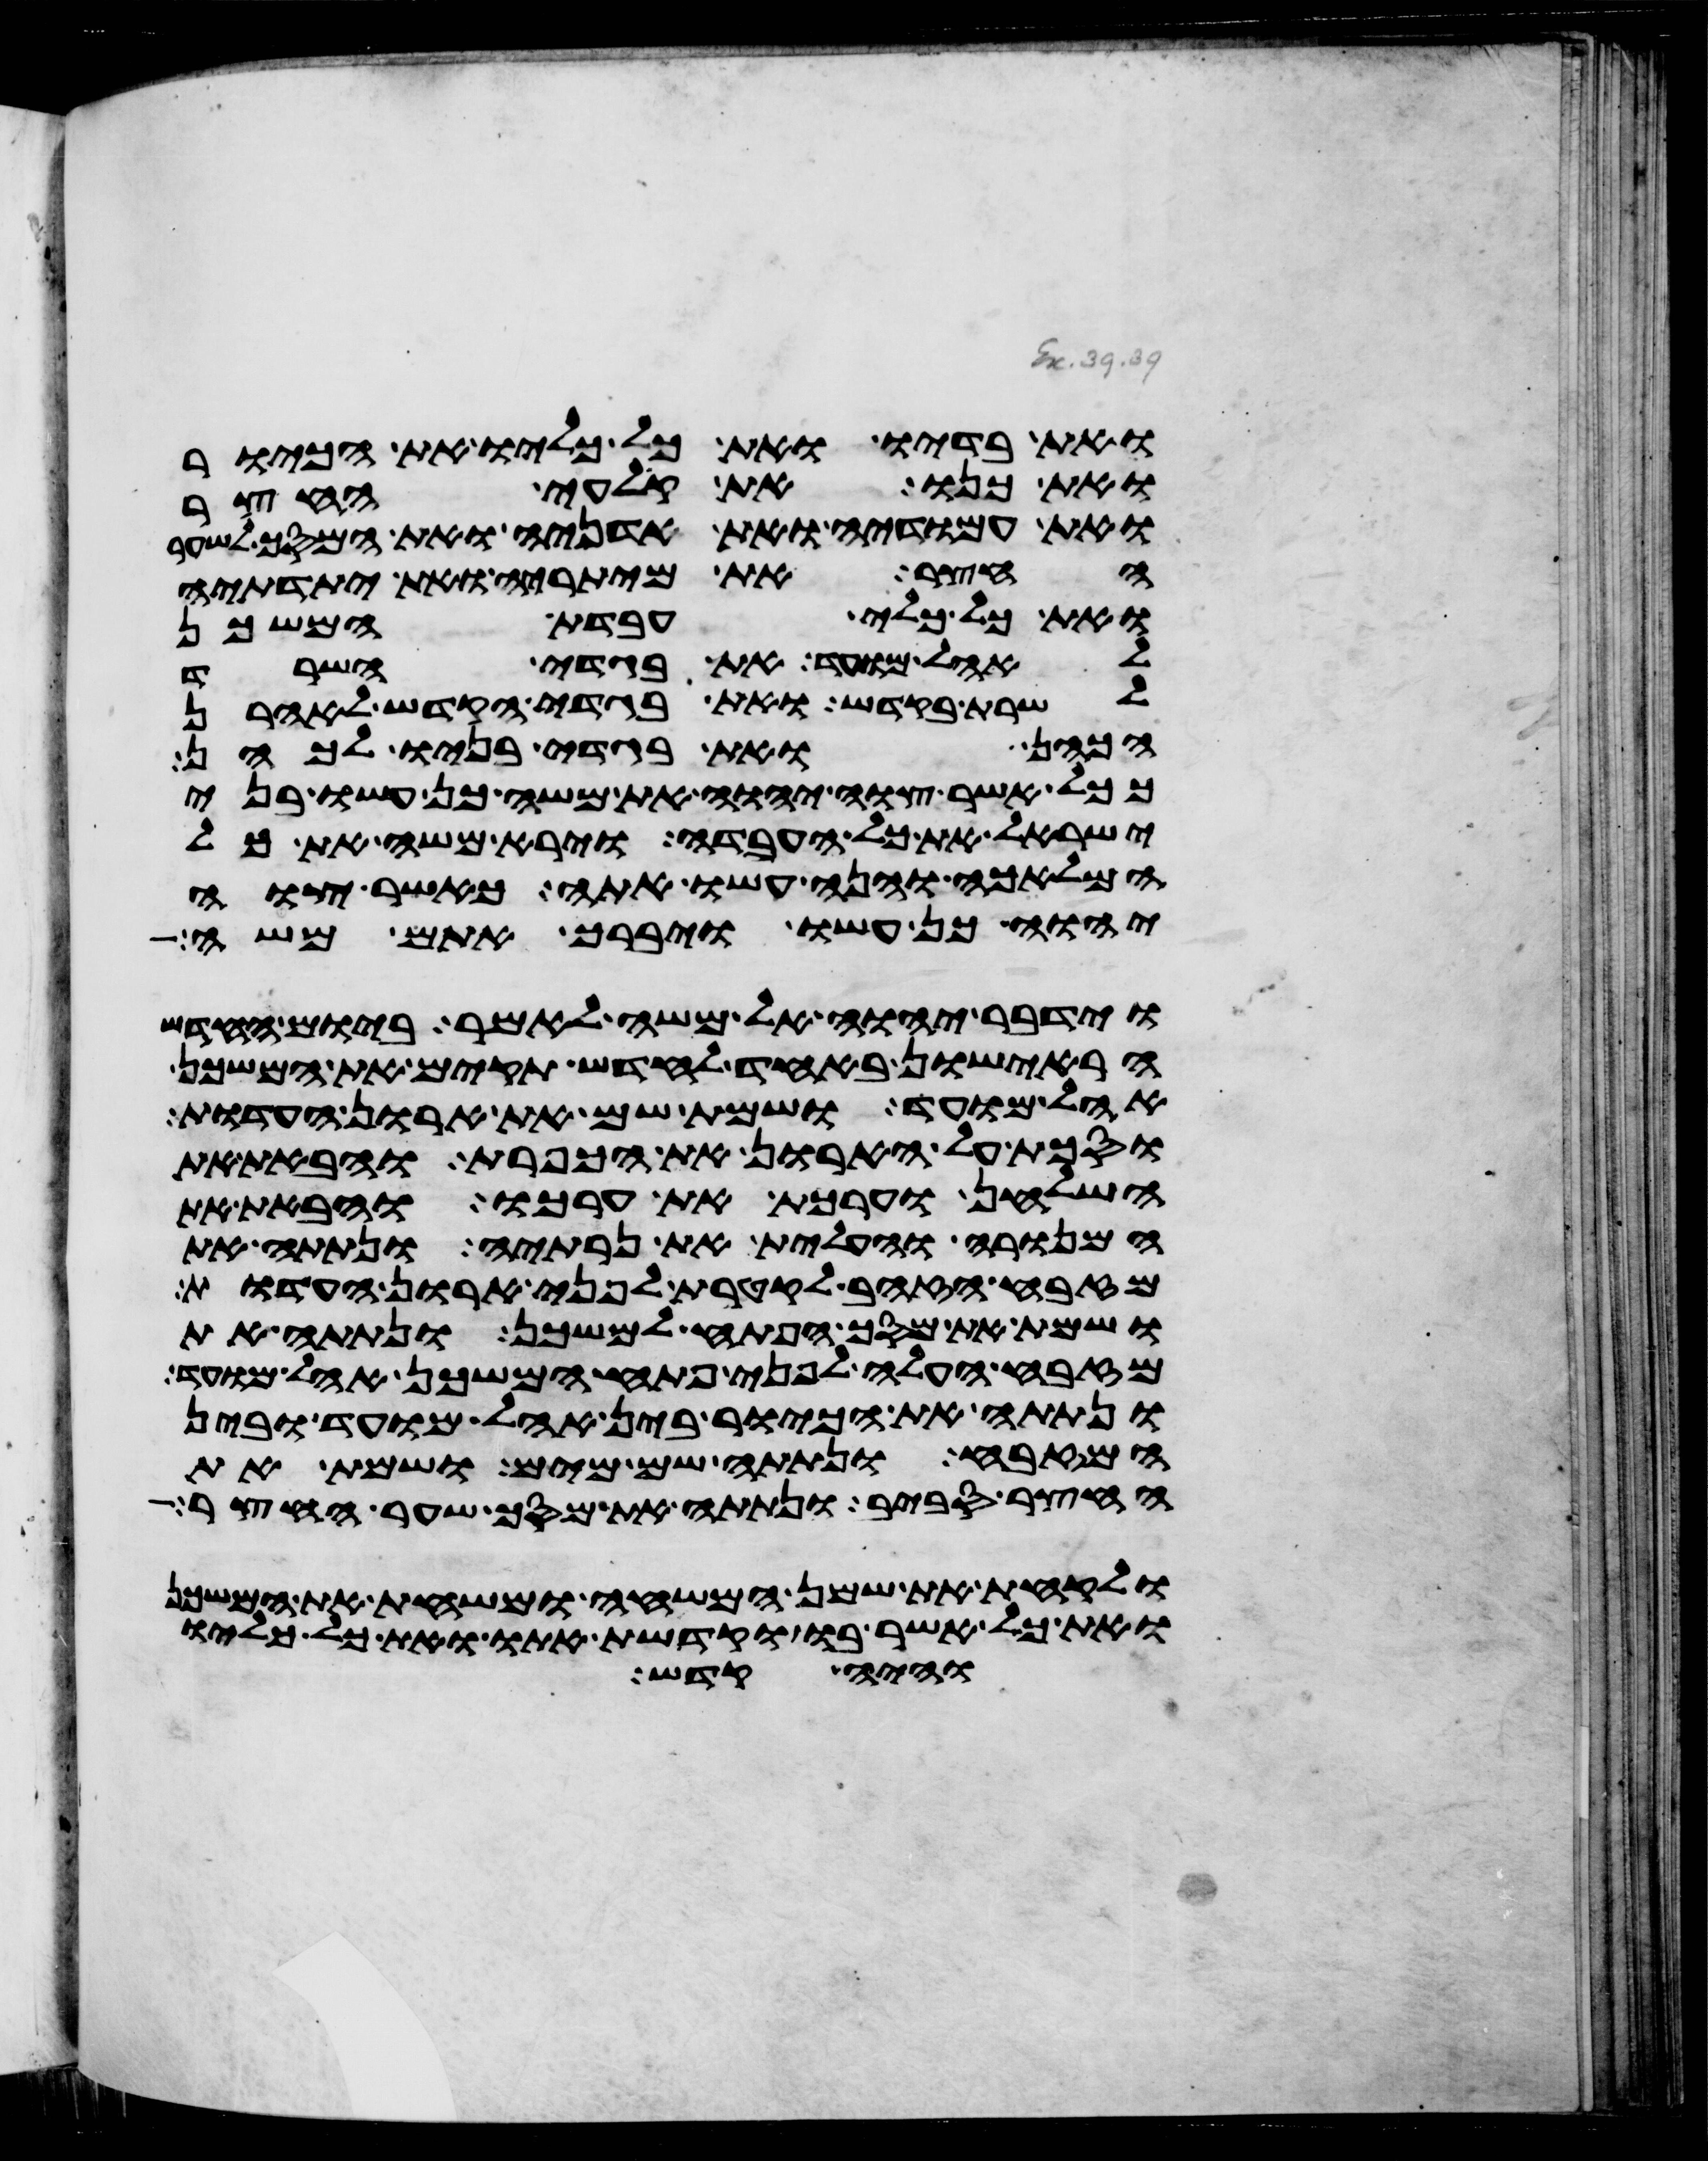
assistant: ואת בדיו ואת כל כליו את הכיור
ואת כנו את קלעי החצר
ואת עמודיה ואת אדניה ואת המסך לשער
החצר את מיתריה ואת יתדתיה
ואת כל כלי עבדת המשכן
לאהל מועד את בגדי השרד
לשרת בקדש ואת בגדי הקדש לאהרן
הכהן ואת בגדי בניו לכהן
ככל אשר צוה יהוה את משה כן עשו בני
ישראל את כל העבדה וירא משה את כל
המלאכה והנה עשו אתה כאשר צוה
יהוה כן עשו ויברך אתם משה
וידבר יהוה אל משה לאמר ביום החדש
הראישון באחד לחדש תקים את המשכן
אהל מועד ושמת שם את ארון העדות
וסכת על הארון את הכפרת והבאת את
השלחן וערכת את ערכו והבאת את
המנורה והעלית את נרתיה ונתתה את
מזבח הזהב לקטרת לפני ארון העדות
ושמת את מסך הפתח למשכן ונתתה את
מזבח העלה לפני פתח המשכן אהל מועד
ונתתה את הכיור בין אהל מועד ובין
המזבח ונתתה שם מים ושמת את
החצר סביב ונתתה את מסך שער החצר
ולקחת את שמן המשחה ומשחת את המשכן
ואת כל אשר בו וקדשת אתו ואת כל כליו
והיה קדש